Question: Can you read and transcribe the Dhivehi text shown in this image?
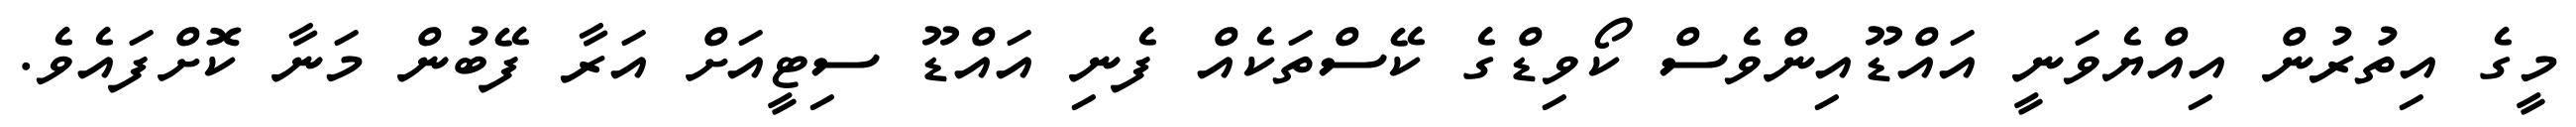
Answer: މީގެ އިތުރުން އިއްޔެވަނީ އައްޑޫއިންވެސް ކޯވިޑްގެ ކޭސްތަކެއް ފެނި އައްޑޫ ސިޓީއަށް އަރާ ފޭބުން މަނާ ކޮށްފައެވެ.